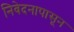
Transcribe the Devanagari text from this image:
निवेदनापासून